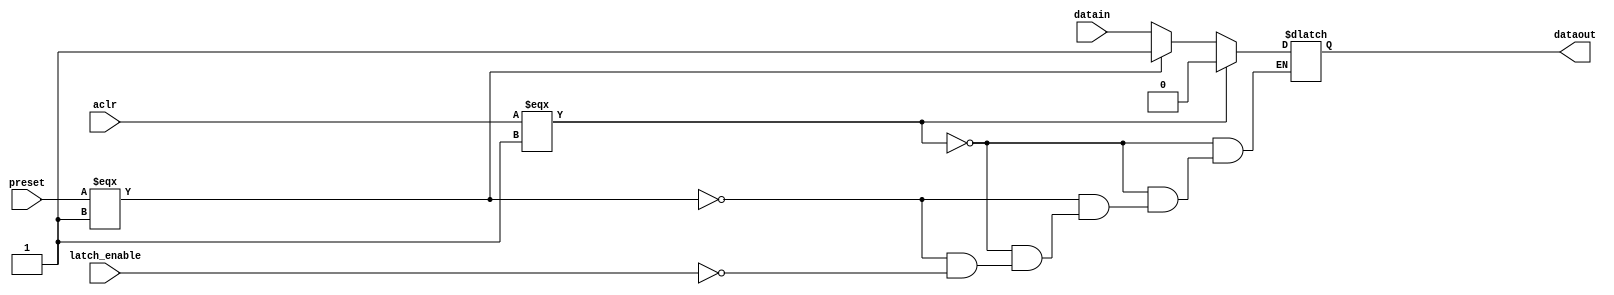
module oper_latch(datain, dataout, latch_enable, aclr, preset);
	input datain, latch_enable, aclr, preset;
	output dataout;
	reg dataout;
	always @(datain or latch_enable or aclr or preset)
	begin
		if (aclr === 1'b1)
			dataout = 1'b0;
		else if (preset === 1'b1)
			dataout = 1'b1;
		else if (latch_enable)
			dataout = datain;
	end
endmodule